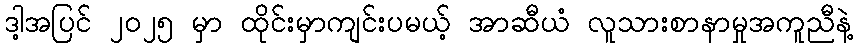
ဒါ့အပြင် ၂၀၂၅ မှာ ထိုင်းမှာကျင်းပမယ့် အာဆီယံ လူသားစာနာမှုအကူညီနဲ့